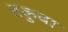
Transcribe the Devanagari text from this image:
तकुवा